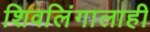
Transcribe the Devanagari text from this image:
शिवलिंगालाही